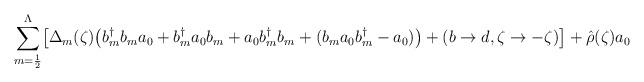
\begin{align*}\sum_{m=\frac{1}{2}}^{\Lambda}\bigl[ \Delta_m(\zeta) \bigl(b^{\dag}_m b_m a_0 + b^{\dag}_m a_0 b_m + a_0 b^{\dag}_m b_m+ (b_m a_0 b^{\dag}_m - a_0 ) \bigr)+ (b \rightarrow d, \zeta \rightarrow - \zeta) \bigr]+ {\hat{\rho}} (\zeta) a_0\end{align*}